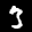
Label: 3